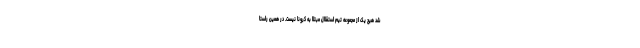
شد هیچ یک از مجموعه تیم استقلال مبتلا به کرونا نیست. در همین راستا